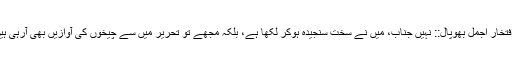
::افتخار اجمل بھوپال::‌ نہیں‌ جناب، میں نے سخت سنجیدہ ہوکر لکھا ہے، بلکہ مجھے تو تحریر میں سے چیخوں کی آوازیں بھی آرہی ہیں۔